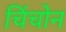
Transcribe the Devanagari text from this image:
चिंचोन